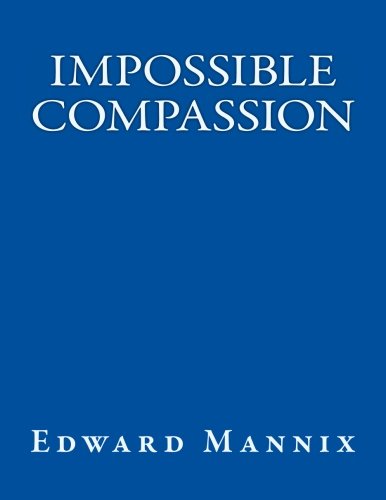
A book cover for Impossible Compassion: Utilizing Directed Compassion to Cure Disease, Save the Environment, Transform Relationships... and Do All Sorts of Other Good Things for Ourselves and Everyone Else; Edward Mannix; Self-Help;